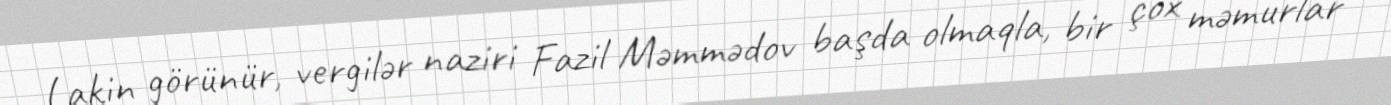
Lakin görünür, vergilər naziri Fazil Məmmədov başda olmaqla, bir çox məmurlar